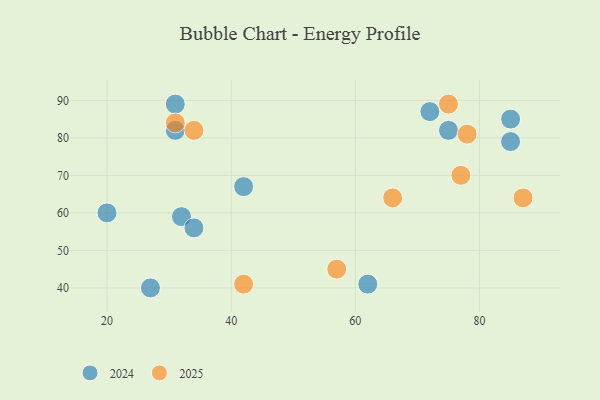
{"axis": {"x": "GDP", "y": "Life Expectancy"}, "legend": ["2024", "2025"], "data": [{"x": "57", "y": 45, "type": "2025"}, {"x": "42", "y": 41, "type": "2025"}, {"x": "66", "y": 64, "type": "2025"}, {"x": "75", "y": 89, "type": "2025"}, {"x": "77", "y": 70, "type": "2025"}, {"x": "87", "y": 64, "type": "2025"}, {"x": "34", "y": 82, "type": "2025"}, {"x": "31", "y": 84, "type": "2025"}, {"x": "78", "y": 81, "type": "2025"}, {"x": "85", "y": 85, "type": "2024"}, {"x": "27", "y": 40, "type": "2024"}, {"x": "75", "y": 82, "type": "2024"}, {"x": "31", "y": 89, "type": "2024"}, {"x": "20", "y": 60, "type": "2024"}, {"x": "32", "y": 59, "type": "2024"}, {"x": "42", "y": 67, "type": "2024"}, {"x": "31", "y": 82, "type": "2024"}, {"x": "72", "y": 87, "type": "2024"}, {"x": "62", "y": 41, "type": "2024"}, {"x": "85", "y": 79, "type": "2024"}, {"x": "34", "y": 56, "type": "2024"}]}